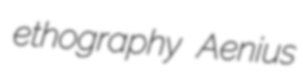
ethography Aenius